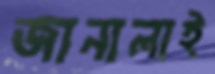
জানালাই